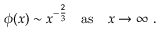
\phi ( x ) \sim x ^ { - { \frac { 2 } { 3 } } } \quad \mathrm { a s } \ \ \ x \rightarrow \infty \ .